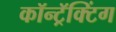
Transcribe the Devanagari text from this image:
कॉन्ट्रॅक्टिंग